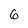
Character: 6